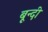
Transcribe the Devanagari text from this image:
बून्‍दी